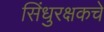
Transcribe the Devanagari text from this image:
सिंधुरक्षकचे